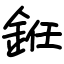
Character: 銋